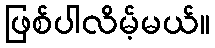
ဖြစ်ပါလိမ့်မယ်။